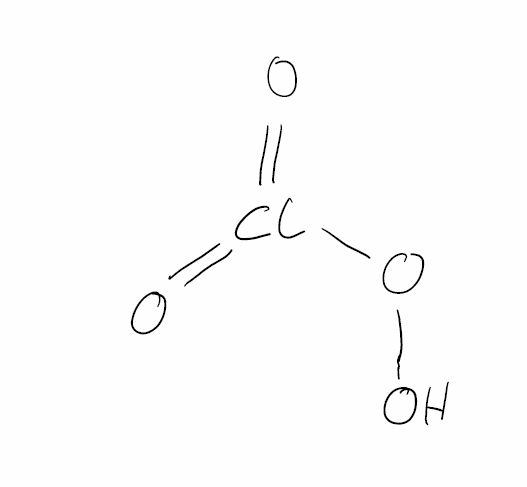
Simplified molecular-input line-entry system (SMILES) notation of the given molecule:
OOCl(=O)=O